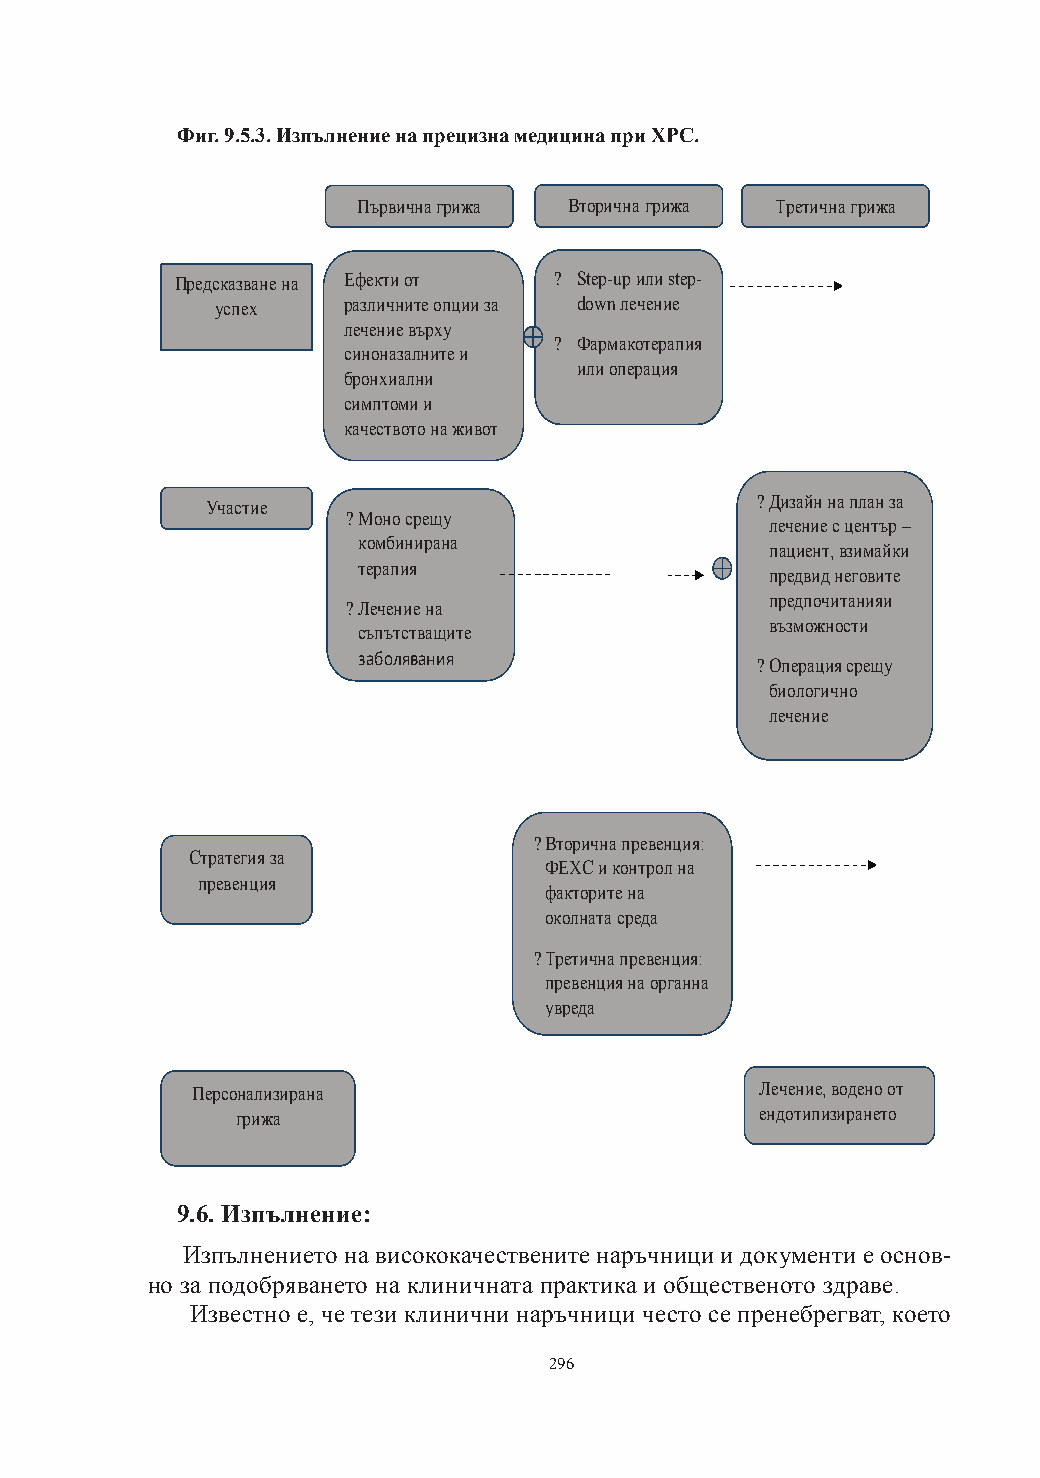
Фиг. 9.5.3. Изпълнение на прецизна медицина при ХРС.
 Първичнагрижа Вторичнагрижа Третичнагрижа
 Предсказванена Ефектиот  ? Step-upилиstep-
 успех    различнитеопцииза downлечение
 лечениевърху
 ? Фармакотерапия
 синоназалнитеи
 илиоперация
 бронхиални
 симптомии
 качествотонаживот
 ?Дизайннапланза
 Участие
 ?Моносрещу
 лечениесцентър –
 комбинирана
 пациент,взимайки
 терапия
 предвиднеговите
 ?Лечениена                  предпочитанияи
 възможности
 съпътстващите
 заболявания
 ?Операциясрещу
 биологично
 лечение
 ?Вторичнапревенция:
 Стратегияза
 ФЕХСиконтролна
 превенция
 факторитена
 околнатасреда
 ?Третичнапревенция:
 превенциянаорганна
 увреда
 Персонализирана                      Лечение, воденоот
 грижа                             ендотипизирането
 9.6. Изпълнение:
 Изпълнението на висококачествените наръчници и документи е основ-
 но за подобряването на клиничната практика и общественото здраве.
 Известно е, че тези клинични наръчници често се пренебрегват, което
 296